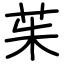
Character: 茱